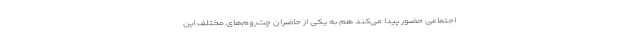
اجتماعی حضور پیدا می‌کند هم به یکی از حاضران چت‌روم‌های مختلف این